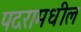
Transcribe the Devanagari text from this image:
पदरामधील